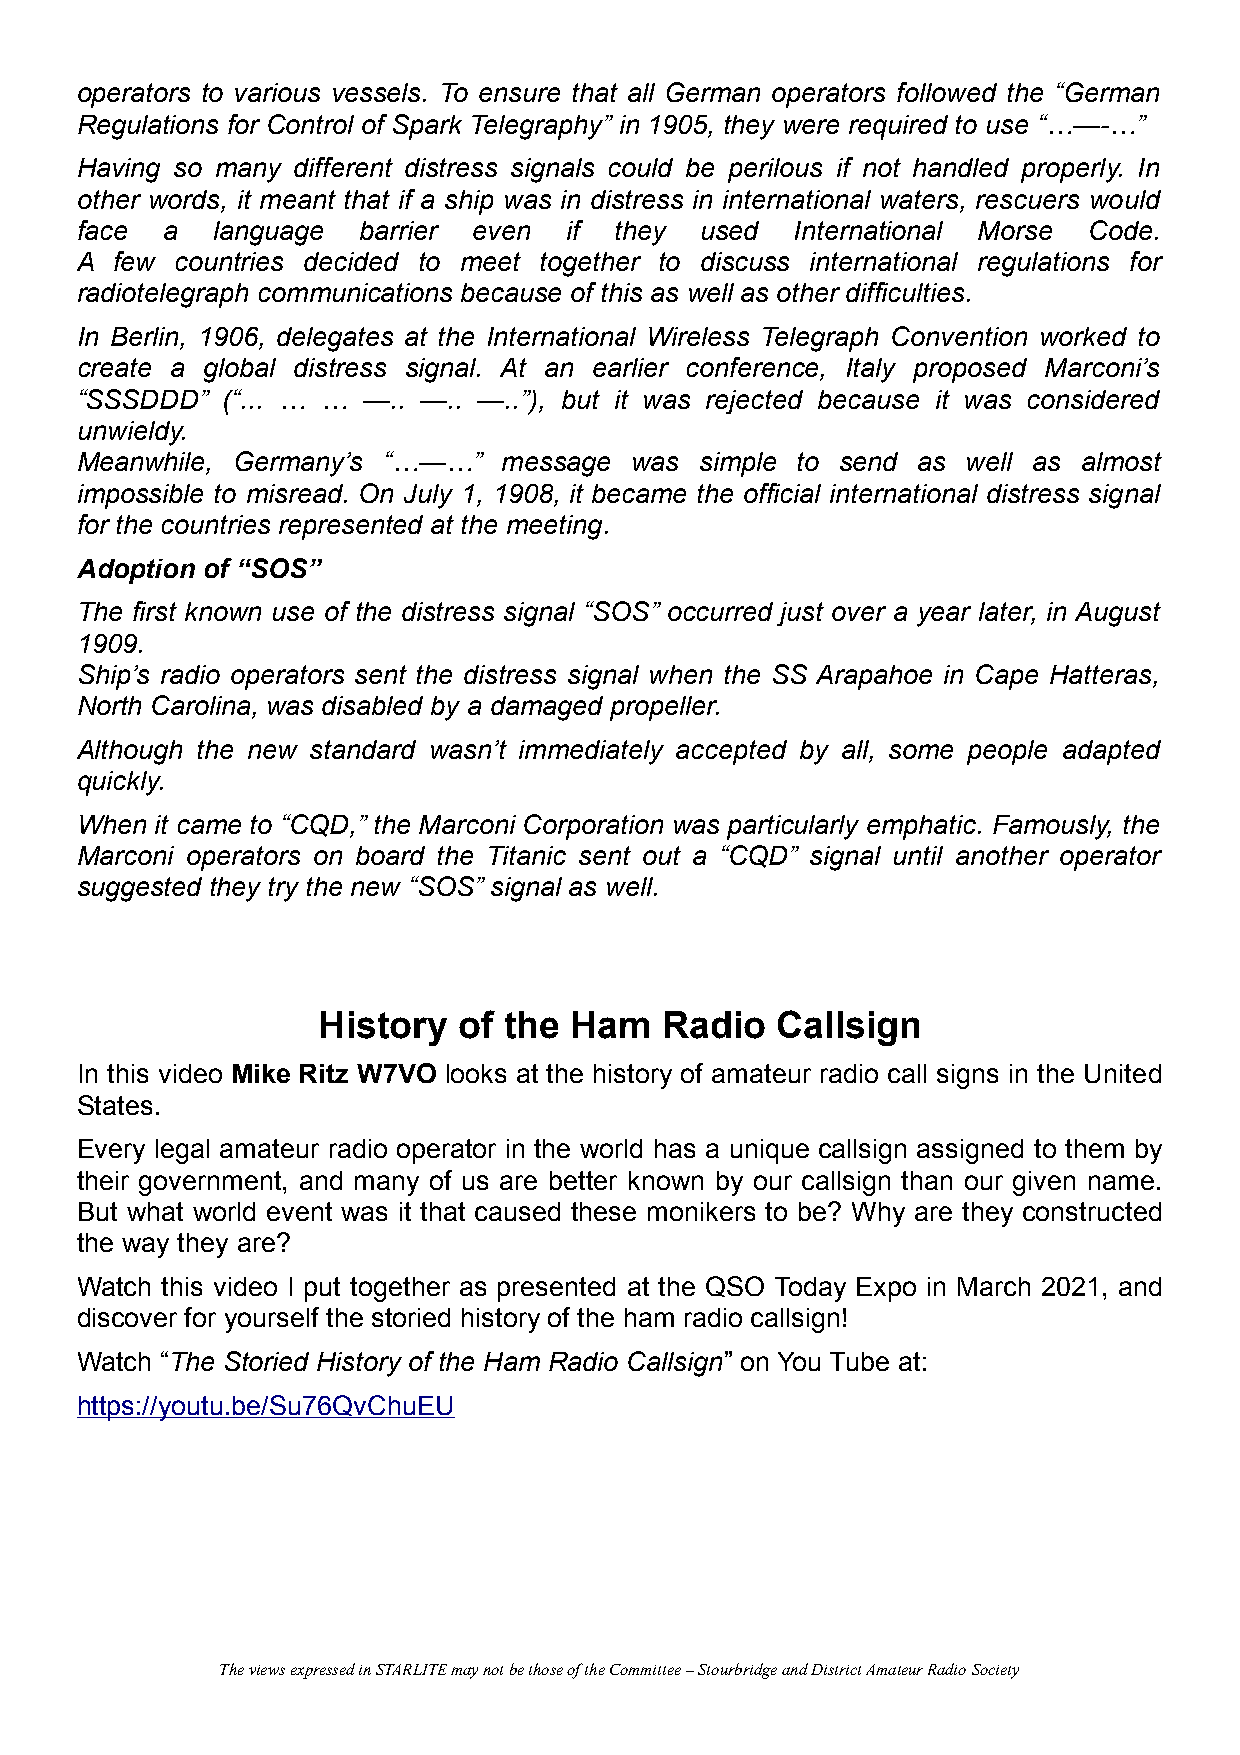
operators to various vessels. To ensure that all German operators followed the “German
 Regulations for Control of Spark Telegraphy” in 1905, they were required to use “…—-…”
 Having so many different distress signals could be perilous if not handled properly. In
 other words, it meant that if a ship was in distress in international waters, rescuers would
 face  a  language  barrier even if  they used   International Morse Code.
 A  few countries decided to meet together to discuss international regulations for
 radiotelegraph communications because of this as well as other difficulties.
 In Berlin, 1906, delegates at the International Wireless Telegraph Convention worked to
 create a global distress signal. At an earlier conference, Italy proposed Marconi’s
 “SSSDDD”  (“... … … —.. —.. —..”), but it was rejected because it was considered
 unwieldy.
 Meanwhile, Germany’s “…—…”  message  was simple to send as well as almost
 impossible to misread. On July 1, 1908, it became the official international distress signal
 for the countries represented at the meeting.
 Adoption of “SOS”
 The first known use of the distress signal “SOS” occurred just over a year later, in August
 1909.
 Ship’s radio operators sent the distress signal when the SS Arapahoe in Cape Hatteras,
 North Carolina, was disabled by a damaged propeller.
 Although the new standard wasn’t immediately accepted by all, some people adapted
 quickly.
 When it came to “CQD,” the Marconi Corporation was particularly emphatic. Famously, the
 Marconi operators on board the Titanic sent out a “CQD” signal until another operator
 suggested they try the new “SOS” signal as well.
 History  of the  Ham   Radio  Callsign
 In this video Mike Ritz W7VO looks at the history of amateur radio call signs in the United
 States.
 Every legal amateur radio operator in the world has a unique callsign assigned to them by
 their government, and many of us are better known by our callsign than our given name.
 But what world event was it that caused these monikers to be? Why are they constructed
 the way they are?
 Watch this video I put together as presented at the QSO Today Expo in March 2021, and
 discover for yourself the storied history of the ham radio callsign!
 Watch “The Storied History of the Ham Radio Callsign” on You Tube at:
 https://youtu.be/Su76QvChuEU
 The views expressed in STARLITE may not be those of the Committee – Stourbridge and District Amateur Radio Society